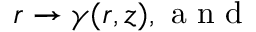
r \to \gamma ( r , z ) , \mathrm { ~ a ~ n ~ d ~ }